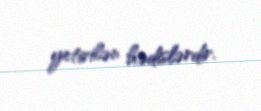
yetirilən hədislərdir.